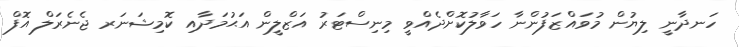
ހަނދާނީ ލިޔުން މުވައްޒަފުންނާ ހަވާލުކޮށްދެއްވީ މިނިސްޓަރު އަޒްލީން އަޙުމަދާއި ކޮމިޝަނަރ ޖެނެރަލް އޮފް